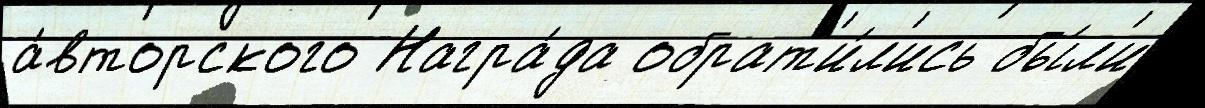
а́вторского Награ́да обрат'и́л'ись бы́л'и